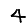
Digit: 4